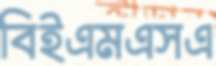
বিইএমএসএ